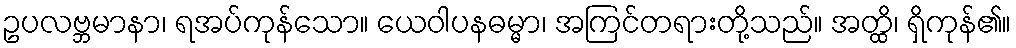
ဥပလဗ္ဘမာနာ၊ ရအပ်ကုန်သော။ ယေဝါပနဓမ္မာ၊ အကြင်တရားတို့သည်။ အတ္ထိ၊ ရှိကုန်၏။